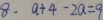
8 . a + 4 - 2 a = 9